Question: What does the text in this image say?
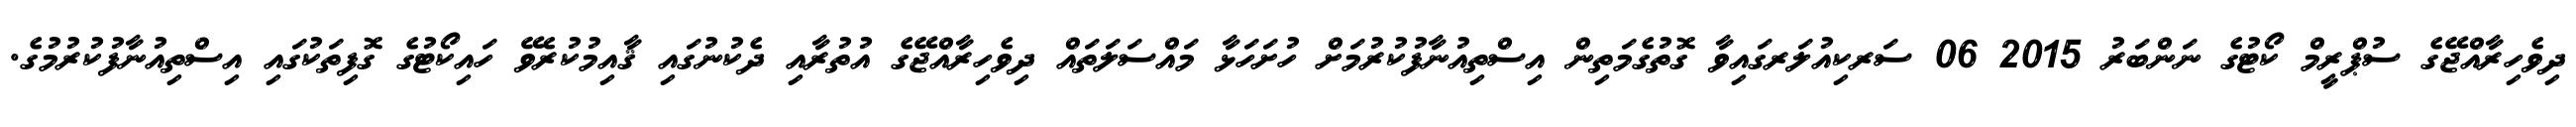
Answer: ދިވެހިރާއްޖޭގެ ސުޕްރީމް ކޯޓުގެ ނަންބަރު 2015 06 ސަރކިއުލަރގައިވާ ގޮތުގެމަތިން އިސްތިއުނާފުކުރުމަށް ހުށަހަޅާ މައްސަލަތައް ދިވެހިރާއްޖޭގެ އުތުރާއި ދެކުނުގައި ޤާއިމުކުރެވޭ ހައިކޯޓުގެ ގޮފިތަކުގައި އިސްތިއުނާފުކުރުމުގެ.